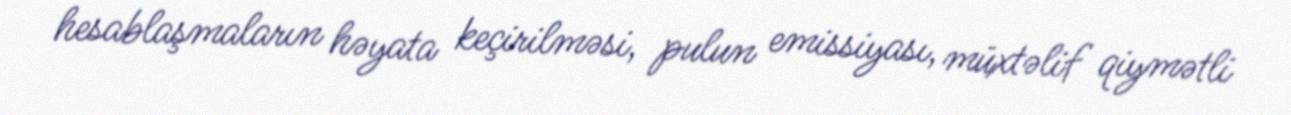
hesablaşmaların həyata keçirilməsi, pulun emissiyası, müxtəlif qiymətli